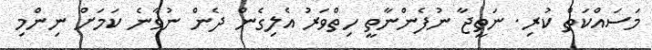
މަސައްކަތް ކުރި. ނަތީޖާ ނުފެންނާތީ ހިތްވަރު އެލިގެން ދެން ނުވާނެ ކަމަށް ނިންމި